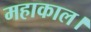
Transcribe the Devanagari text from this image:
महाकाल।